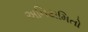
અનિયમિતો